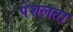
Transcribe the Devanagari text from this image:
पेशलता